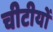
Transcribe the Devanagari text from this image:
चीटीयों